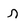
Character: r